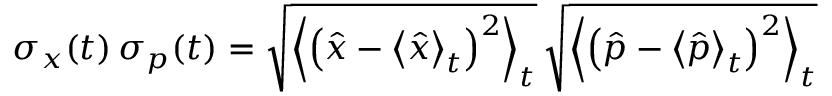
\sigma _ { x } ( t ) \, \sigma _ { p } ( t ) = \sqrt { \left< \left( \hat { x } - \left< \hat { x } \right> _ { t } \right) ^ { 2 } \right> _ { t } } \, \sqrt { \left< \left( \hat { p } - \left< \hat { p } \right> _ { t } \right) ^ { 2 } \right> _ { t } }